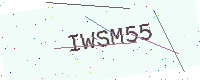
Text: IWSM55